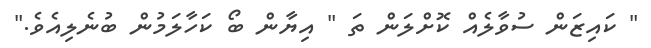
" ކައިޒަން ސުވާލެއް ކޮށްލަން ތަ " އިޔާން ބޯ ކަހާލަމުން ބުނެލިއެވެ."